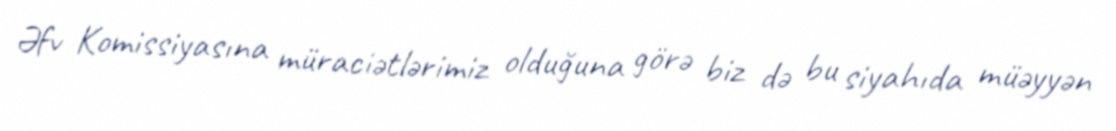
Əfv Komissiyasına müraciətlərimiz olduğuna görə biz də bu siyahıda müəyyən